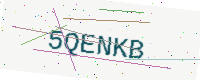
Text: 5QENKB